Lunatic asylums Central Provinces reports 1886-1894 - 1886-1894
Year: 1886
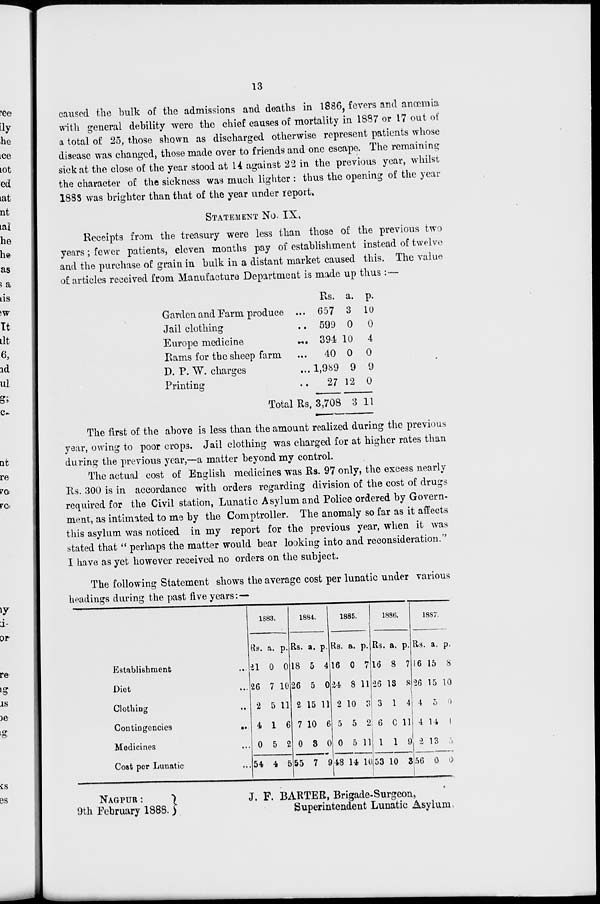
13
caused the bulk of the admissions and deaths in 1886, fevers and anœmia
with general debility were the chief causes of mortality in 1887 or 17 out of
a total of 25, those shown as discharged otherwise represent patients whose
disease was changed, those made over to friends and one escape. The remaining
sick at the close of the year stood at 14 against 22 in the previous year, whilst
the character of the sickness was much lighter : thus the opening of the year
1888 was brighter than that of the year under report.
STATEMENT No. IX.
Receipts from the treasury were less than those of the previous two
years ; fewer patients, eleven months pay of establishment instead of twelve
and the purchase of grain in bulk in a distant market caused this. The value
of articles received from Manufacture Department is made up thus :—
Garden and Farm produce ...
Jail clothing
...
Europe medicine
...
Rams for the sheep farm ...
D. P. W. charges ...
Printing ...
Total Rs.
Rs.
657
599
394
40
1,989
27
3,708
a.
3
0
10
0
9
12
3
p.
10
0
4
0
9
0
11
The first of the above is less than the amount realized during the previous
year, owing to poor crops. Jail clothing was charged for at higher rates than
during the previous year,—a matter beyond my control.
The actual cost of English medicines was Rs. 97 only, the excess nearly
Rs. 300 is in accordance with orders regarding division of the cost of drugs
required for the Civil station, Lunatic Asylum and Police ordered by Govern¬
ment, as intimated to me by the Comptroller. The anomaly so far as it affects
this asylum was noticed in my report for the previous year, when it was
stated that " perhaps the matter would bear looking into and reconsideration."
I have as yet however received no orders on the subject.
The following Statement shows the average cost per lunatic under various
headings during the past five years:—
Establishment ...
Diet ...
Clothing ...
Contingencies
...
Medicines ...
Cost per Lunatic ...
1883.
Rs.
21
26
2
4
0
54
a.
0
7
5
1
5
4
p.
0
10
11
6
2
5
1884.
Rs.
18
26
2
7
0
55
a.
5
5
15
10
3
7
p.
4
0
11
6
0
9
1885.
Rs.
16
24
2
5
0
48
a.
0
8
10
5
5
14
p.
7
11
3
2
11
10
1886.
Rs.
16
26
3
6
1
53
a.
8
13
1
0
1
10
p.
7
8
4
11
9
3
1887.
Rs
16
26
4
4
2
56
a.
15
15
5
14
13
0
p.
8
10
0
1
5
0
NAGPUR :
9th February 1888.
J. F. BARTER, Brigade-Surgeon,
Superintendent Lunatic Asylum